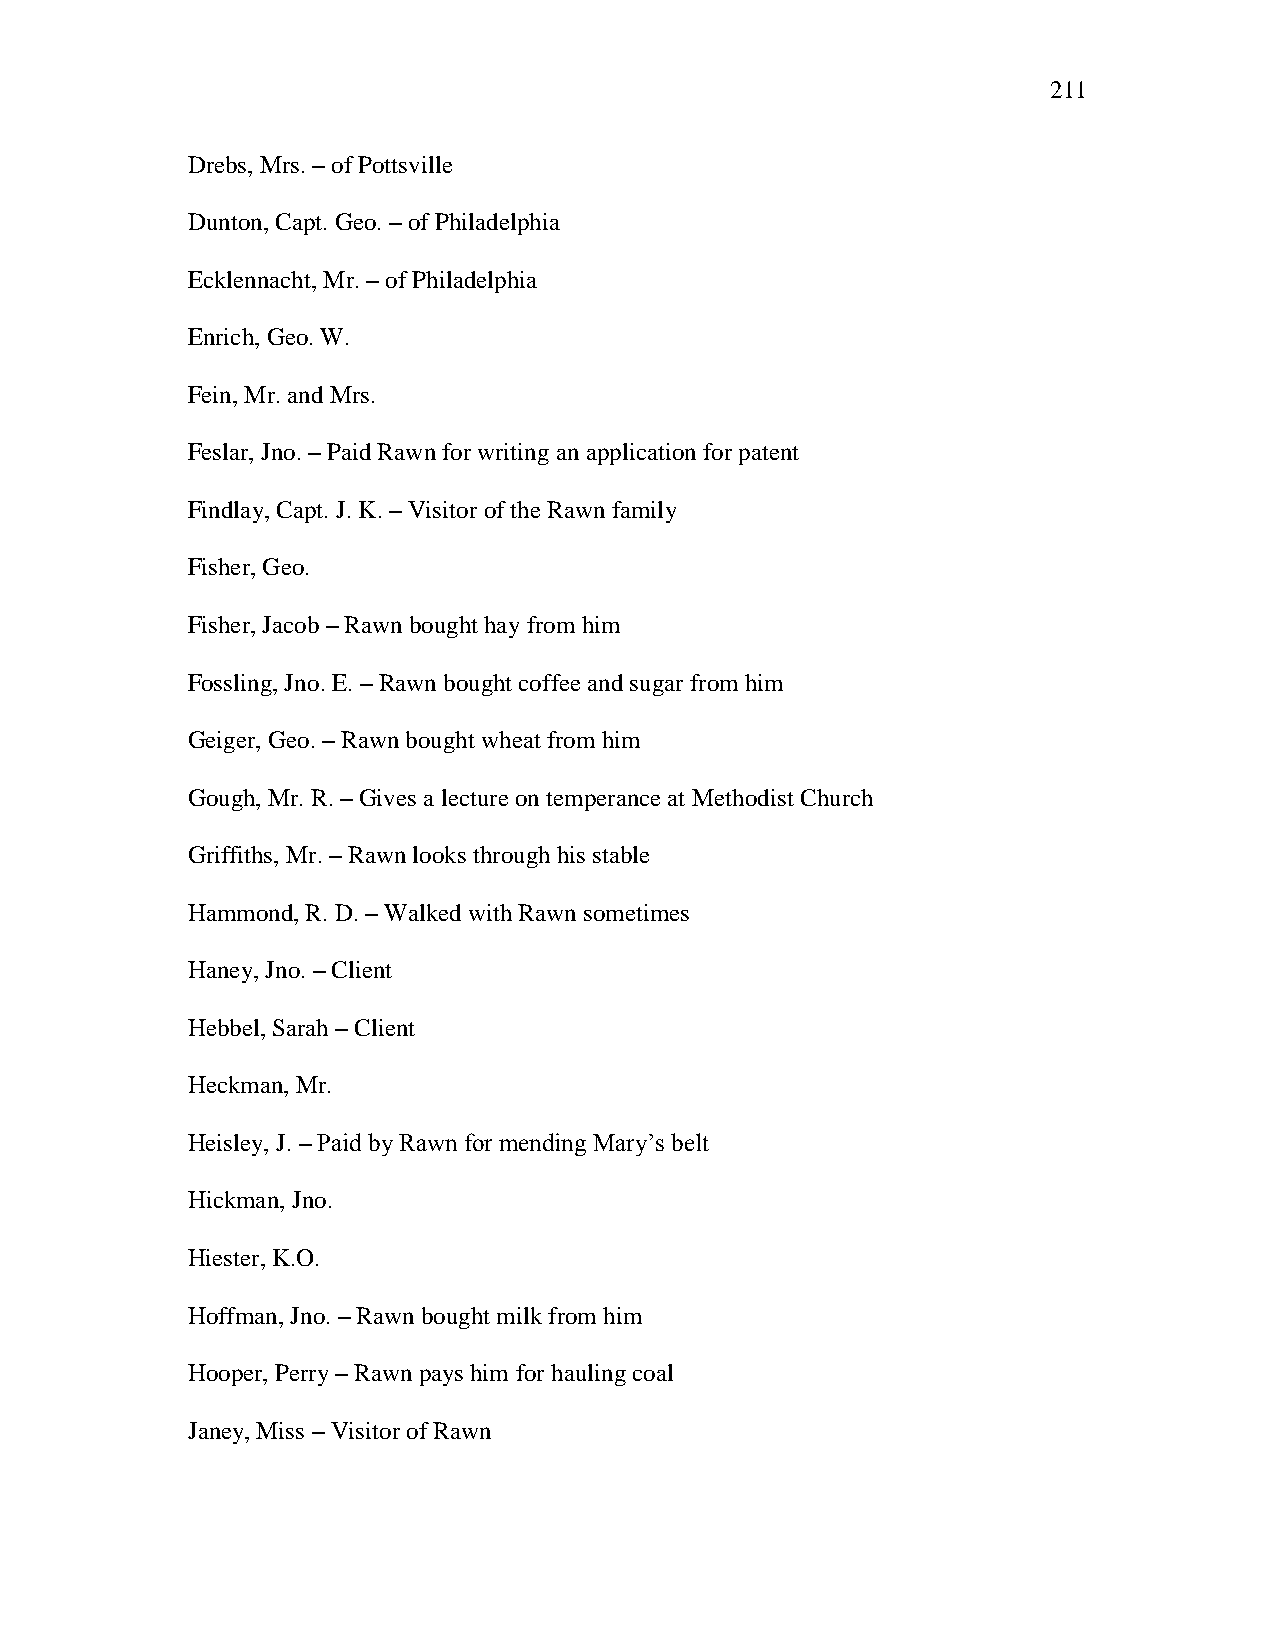
211
 Drebs, Mrs. – of Pottsville
 Dunton, Capt. Geo. – of Philadelphia
 Ecklennacht, Mr. – of Philadelphia
 Enrich, Geo. W.
 Fein, Mr. and Mrs.
 Feslar, Jno. – Paid Rawn for writing an application for patent
 Findlay, Capt. J. K. – Visitor of the Rawn family
 Fisher, Geo.
 Fisher, Jacob – Rawn bought hay from him
 Fossling, Jno. E. – Rawn bought coffee and sugar from him
 Geiger, Geo. – Rawn bought wheat from him
 Gough, Mr. R. – Gives a lecture on temperance at Methodist Church
 Griffiths, Mr. – Rawn looks through his stable
 Hammond, R. D. – Walked with Rawn sometimes
 Haney, Jno. – Client
 Hebbel, Sarah – Client
 Heckman, Mr.
 Heisley, J. – Paid by Rawn for mending Mary‘s belt
 Hickman, Jno.
 Hiester, K.O.
 Hoffman, Jno. – Rawn bought milk from him
 Hooper, Perry – Rawn pays him for hauling coal
 Janey, Miss – Visitor of Rawn